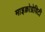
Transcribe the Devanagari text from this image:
माइक्रोग्रेविटी